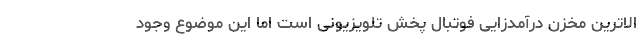
الاترین مخزن درآمدزایی فوتبال پخش تلویزیونی است اما این موضوع وجود